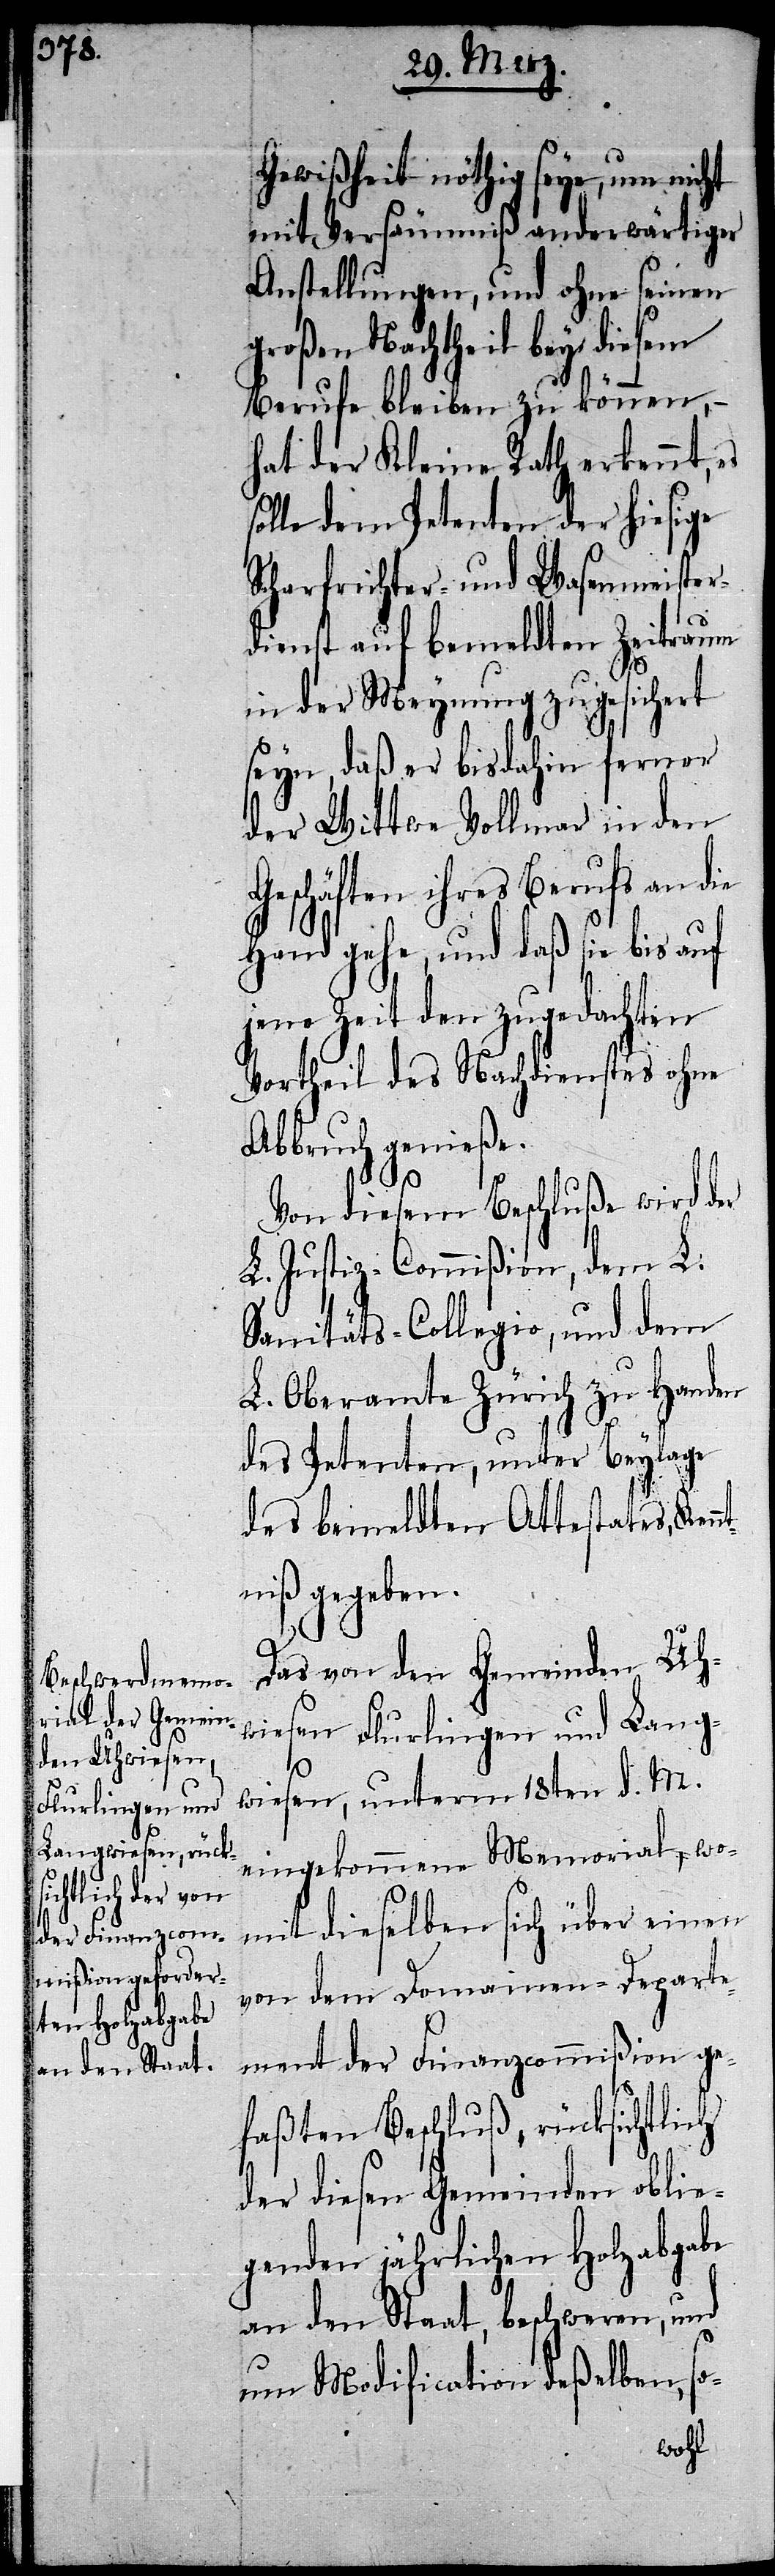
Gewißheit nöthig seye, um nicht
mit Versäumniß anderwärtiger
Anstellungen, und ohne seinen
roßen Nachtheil bey diesem
Berufe bleiben zu können,
hat der Kleine Rath erkennt,
solle dem Petenten der hiesige
Scharfrichter- und Wasenmeister¬
dienst auf bemeldten Zeitraum
in der Meynung zugesichert
seyn, daß er bisdahin ferner
der Wittwe Vollmar in den
Geschäften ihres Berufs an
Hand gehe, und daß sie bis auf
jene Zeit den zugedachten
Vortheil des Nachdienstes ohne
Abbruch genieße.
Von diesem Beschluße wird der
L. Justiz-Commißion, dem L.
Sanitäts-Collegio, und dem
L. Oberamte Zürich zu Handen
des Petenten, unter Beylage
des bemeldten Attestates, Ken¬
niß gegeben.
Das von den Gemeinden Uh¬
wiesen[,] Flurlingen und Lang¬
nt¬
wiesen, unterm 18ten d. M.
eingekommene Memorial, wo¬
mit dieselben sich über einen
von dem Domainen-Departe¬
ment der Finanzcommißion ge¬
faßten Beschluß, rücksichtlich
der diesen Gemeinden oblie¬
genden jährlichen Holzabgabe
an den Staat, beschweren, und
um Modification deßelben, so-